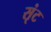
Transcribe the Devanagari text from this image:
सृंट